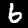
Label: 6